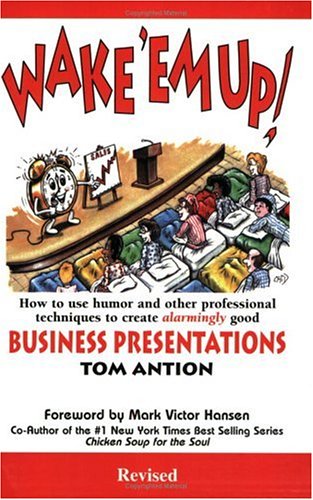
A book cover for Wake 'em Up! How to Use Humor & Other Professional Techniques to Create Alarmingly Good Business Presentations; Thomas Antion; Humor & Entertainment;